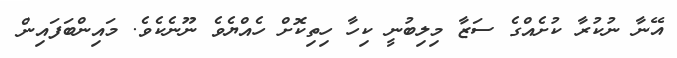
އޭނާ ނުކުރާ ކުށެއްގެ ސަޒާ މިލިބުނީ ކިހާ ހިތިކޮށް ހެއްޔެވެ ނޫނެކެވެ. މައިންބަފައިން